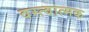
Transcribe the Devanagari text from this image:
वस्त्वात्मक